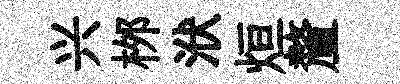
兴桞洑烜釐